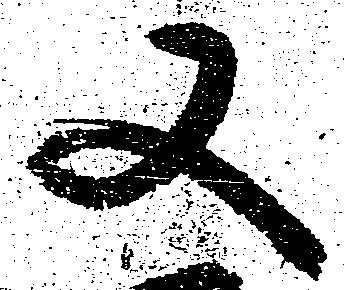
又